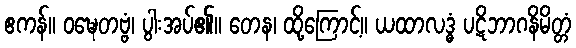
ဧကန်။ ဝဍ္ဎေတဗ္ဗံ၊ ပွါးအပ်၏။ တေန၊ ထို့ကြောင့်။ ယထာလဒ္ဓံ ပဋိဘာဂနိမိတ္တံ